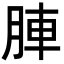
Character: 𮝁